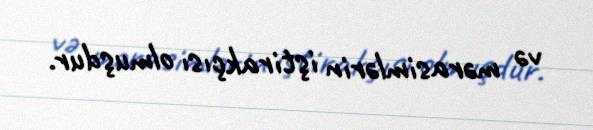
və mərasimlərin iştirakçısı olmuşdur.